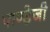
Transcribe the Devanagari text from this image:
पाण्डेजी